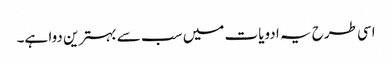
اسی طرح یہ ادویات میں سب سے بہترین دوا ہے۔